Annual administration report of the Civil Veterinary Department of India - 1895-1896
Year: 1895
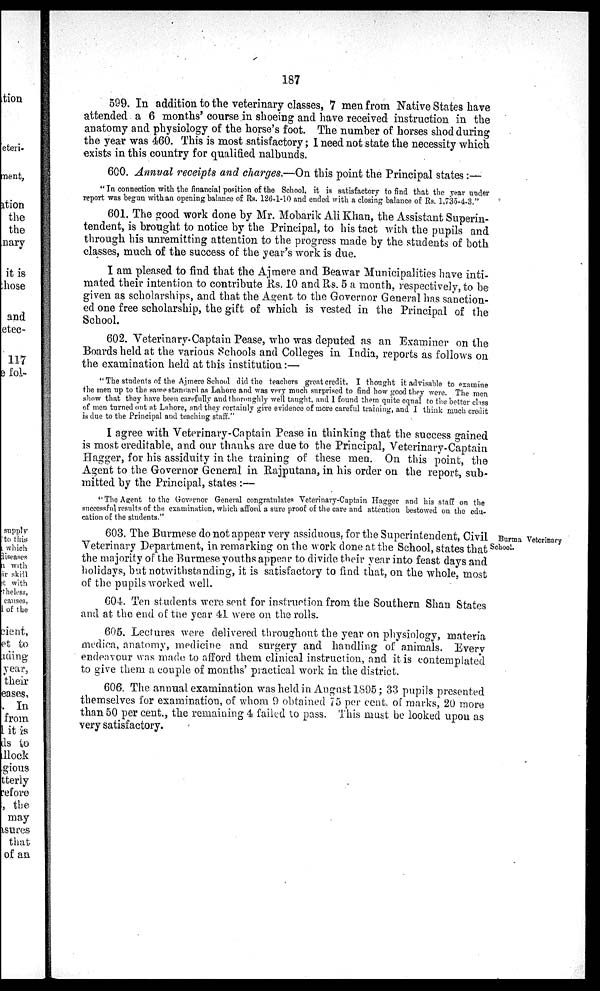
187
599. In addition to the veterinary classes, 7 men from Native States have
attended a 6 months' course in shoeing and have received instruction in the
anatomy and physiology of the horse's foot. The number of horses shod during
the year was 460. This is most satisfactory; I need not state the necessity which
exists in this country for qualified nalbunds.
600. Annual receipts and charges.—On this point the Principal states:—
"In connection with the financial position of the School, it is satisfactory to find that the year under
report was begun with an opening balance of Rs. 126-1-10 and ended with a closing balance of Rs. 1,735-4-3."
601. The good work done by Mr. Mobarik Ali Khan, the Assistant Superin-
tendent, is brought to notice by the Principal, to his tact with the pupils and
through his unremitting attention to the progress made by the students of both
classes, much of the success of the year's work is due.
I am pleased to find that the Ajmere and Beawar Municipalities have inti-
mated their intention to contribute Rs. 10 and Rs. 5 a month, respectively, to be
given as scholarships, and that the Agent to the Governor General has sanction-
ed one free scholarship, the gift of which is vested in the Principal of the
School.
602. Veterinary-Captain Pease, who was deputed as an Examiner on the
Boards held at the various Schools and Colleges in India, reports as follows on
the examination held at this institution:—
"The students of the Ajmere School did the teachers great credit. I thought it advisable to examine
the men up to the same standard as Lahore and was very much surprised to find how good they were. The men
show that they have been carefully and thoroughly well taught, and 1 found them quite equal to the better class
of men turned out at Lahore, and they certainly give evidence of more careful training, and I think much credit
is due to the Principal and teaching staff."
I agree with Veterinary-Captain Pease in thinking that the success gained
is most creditable, and our thanks are due to the Principal, Veterinary-Captain
Hagger, for his assiduity in the training of these men. On this point, the
Agent to the Governor General in Rajputana, in his order on the report, sub-
mitted by the Principal, states:—
"The Agent to the Governor General congratulates Veterinary-Captain Hagger and his staff on the
successful results of the examination, which afford a sure proof of the care and attention bestowed on the edu-
cation of the students."
Burma Veterinary
School.
603. The Burmese do not appear very assiduous, for the Superintendent, Civil
Veterinary Department, in remarking on the work done at the School, states that
the majority of the Burmese youths appear to divide their year into feast days and
holidays, but notwithstanding, it is satisfactory to find that, on the whole, most
of the pupils worked well.
604. Ten students were sent for instruction from the Southern Shan States
and at the end of the year 41 were on the rolls.
605. Lectures were delivered throughout the year on physiology, materia
medica, anatomy, medicine and surgery and handling of animals. Every
endeavour was made to afford them clinical instruction, and it is contemplated
to give them a couple of months' practical work in the district.
606. The annual examination was held in August 1895; 33 pupils presented
themselves for examination, of whom 9 obtained 75 per cent. of marks, 20 more
than 50 per cent., the remaining 4 failed to pass. This must be looked upon as
very satisfactory.